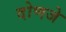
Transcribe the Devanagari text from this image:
दोणजे